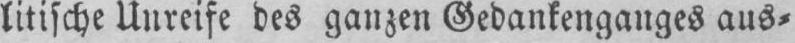
litische Unreife des ganzen Gedankenganges aus⸗